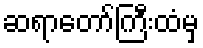
ဆရာတော်ကြီးထံမှ